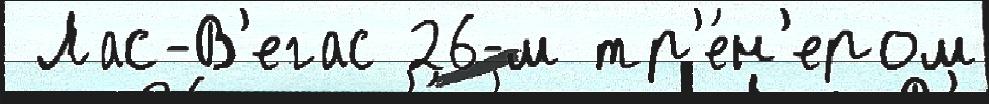
 Лас-В'егас 26-м тр'е́н'ером